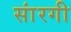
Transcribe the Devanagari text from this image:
सांरगी